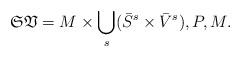
LaTeX: \begin{align*} \mathfrak{SV}=M\times \bigcup_{s}(\bar{S}^{s} \times \bar{V}^{s}),P,M.\end{align*}